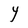
Character: Y